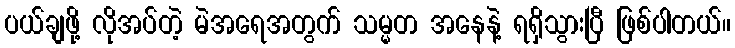
ပယ်ချဖို့ လိုအပ်တဲ့ မဲအရေအတွက် သမ္မတ အနေနဲ့ ရရှိသွားပြီ ဖြစ်ပါတယ်။